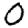
Digit: 0